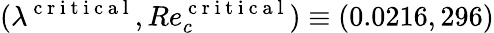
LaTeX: (\lambda^{\mathrm{~c~r~i~t~i~c~a~l~}},Re_{c}^{\mathrm{~c~r~i~t~i~c~a~l~}})\equiv(0.0216,296)